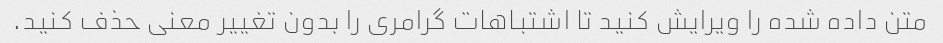
متن داده شده را ویرایش کنید تا اشتباهات گرامری را بدون تغییر معنی حذف کنید.